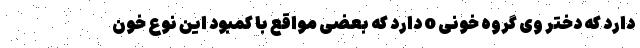
دارد که دختر وی گروه خونی o دارد که بعضی مواقع با کمبود این نوع خون